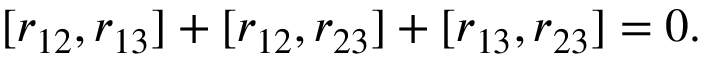
[ r _ { 1 2 } , r _ { 1 3 } ] + [ r _ { 1 2 } , r _ { 2 3 } ] + [ r _ { 1 3 } , r _ { 2 3 } ] = 0 .